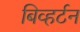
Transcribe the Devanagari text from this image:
बिव्हर्टन